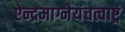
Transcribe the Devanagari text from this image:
ऐन्द्रमाग्नेयंचत्वाष्ट्रं